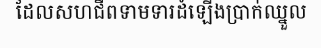
ដែលសហជីពទាមទារដំឡើងប្រាក់ឈ្នួល